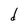
Character: d